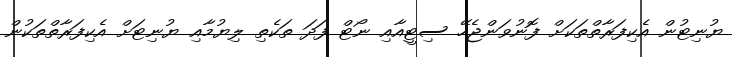
ޔުނިޓުން އެކިފަރާތްތަކަށް ފޮނުވަންޖެހޭ ސިޓީއާއި ނޯޓް ފަދަ ތަކެތި ލިޔުމާއި ޔުނިޓަށް އެކިފަރާތްތަކުން